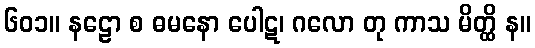
၆၀၁။ နဠော စ ဓမနော ပေါဋ၊ ဂလော တု ကာသ မိတ္ထိ န။